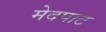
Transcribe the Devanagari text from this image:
मेदपाट